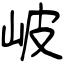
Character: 岥